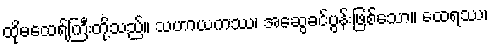
ထိုမထေရ်ကြီးတို့သည်။ သဟာယကဿ၊ အဆွေခင်ပွန်းဖြစ်သော။ ထေရဿ၊